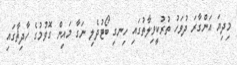
މިދިޔަ އަންގާރަ ދުވަހު ތުރުކީވިލާތުގައި ހިނގި ބޯޓުދެލި ނަގާ މައިން ގޮވުމުގެ ހާދިޘާގައި